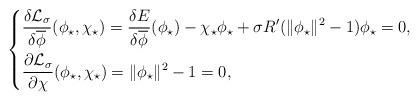
LaTeX: \begin{align*}\left\{\begin{aligned}& \frac{\delta \mathcal{L}_{\sigma}}{\delta\overline{\phi}}(\phi_{\star}, \chi_{\star})=\frac{\delta E}{\delta\overline{\phi}}(\phi_{\star})-\chi_{\star}\phi_{\star}+\sigma R^\prime(\|\phi_{\star}\|^2-1)\phi_{\star}=0,\\& \frac{\partial\mathcal{L}_{\sigma}}{\partial\chi}(\phi_{\star}, \chi_{\star})=\|\phi_{\star}\|^{2}-1=0,\end{aligned}\right.\end{align*}